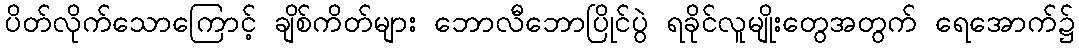
ပိတ်လိုက်သောကြောင့် ချိစ်ကိတ်များ ဘောလီဘောပြိုင်ပွဲ ရခိုင်လူမျိုးတွေအတွက် ရေအောက်၌